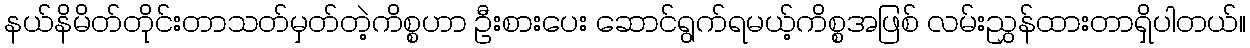
နယ်နိမိတ်တိုင်းတာသတ်မှတ်တဲ့ကိစ္စဟာ ဦးစားပေး ဆောင်ရွက်ရမယ့်ကိစ္စအဖြစ် လမ်းညွှန်ထားတာရှိပါတယ်။